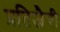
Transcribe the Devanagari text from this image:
प्रतिजैवी